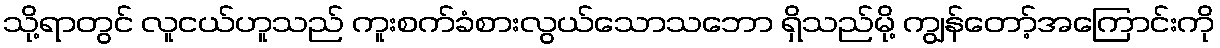
သို့ရာတွင် လူငယ်ဟူသည် ကူးစက်ခံစားလွယ်သောသဘော ရှိသည်မို့ ကျွန်တော့်အကြောင်းကို